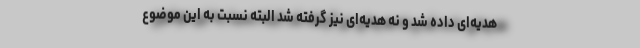
هدیه‌ای داده شد و نه هدیه‌ای نیز گرفته شد البته نسبت به این موضوع